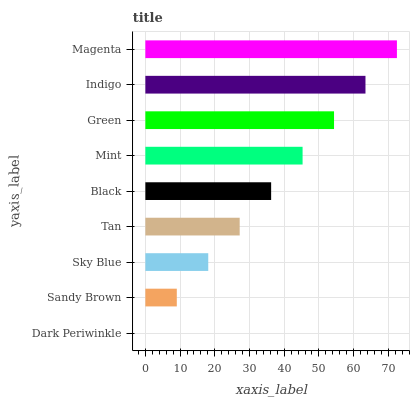
| yaxis_label | bars |
 | --- | --- |
 | Dark Periwinkle | 0 |
 | Sandy Brown | 9.06 |
 | Sky Blue | 18.1 |
 | Tan | 27.2 |
 | Black | 36.2 |
 | Mint | 45.3 |
 | Green | 54.4 |
 | Indigo | 63.4 |
 | Magenta | 72.5 |